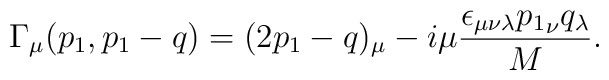
\Gamma_{\mu}(p_1,p_1-q)=   (2p_1-q)_{\mu}-i\mu   {\epsilon_{\mu\nu\lambda}{p_1}_{\nu}q_{\lambda}\over M}.